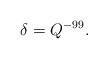
LaTeX: \begin{align*}\delta=Q^{-99}.\end{align*}